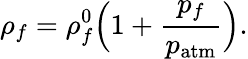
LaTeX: \rho_{f}=\rho_{f}^{0}\Big(1+\frac{p_{f}}{p_{\mathrm{atm}}}\Big).